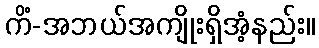
ကိံ-အဘယ်အကျိုးရှိအံ့နည်း။